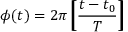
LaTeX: \phi ( t ) = 2 \pi \left[ \! \! \left[ { \frac { t - t _ { 0 } } { T } } \right] \! \! \right]